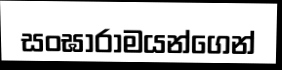
සංඝාරාමයන්ගෙන්